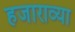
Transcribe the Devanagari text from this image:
हजाराव्या